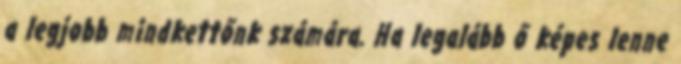
a legjobb mindkettőnk számára. Ha legalább ő képes lenne